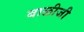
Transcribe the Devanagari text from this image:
बाळीजी